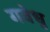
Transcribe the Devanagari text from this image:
गवेधु